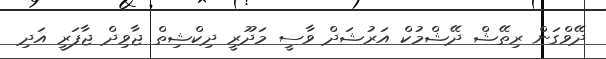
ދޭވްގަން ރިތޭޝް ދޭޝްމުކް އަރުޝަދް ވާސީ މަދޫރީ ދިކްޝިތް ޖާވިދް ޖާފަރީ އަދި